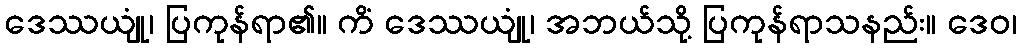
ဒေဿယျုံ၊ ပြကုန်ရာ၏။ ကိံ ဒေဿယျုံ၊ အဘယ်သို့ ပြကုန်ရာသနည်း။ ဒေဝ၊